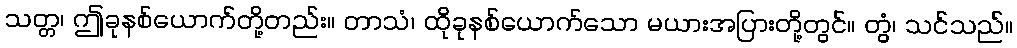
သတ္တ၊ ဤခုနစ်ယောက်တို့တည်း။ တာသံ၊ ထိုခုနစ်ယောက်သော မယားအပြားတို့တွင်။ တွံ၊ သင်သည်။